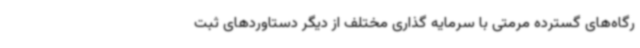
رگاه‌های گسترده مرمتی با سرمایه گذاری مختلف از دیگر دستاوردهای ثبت